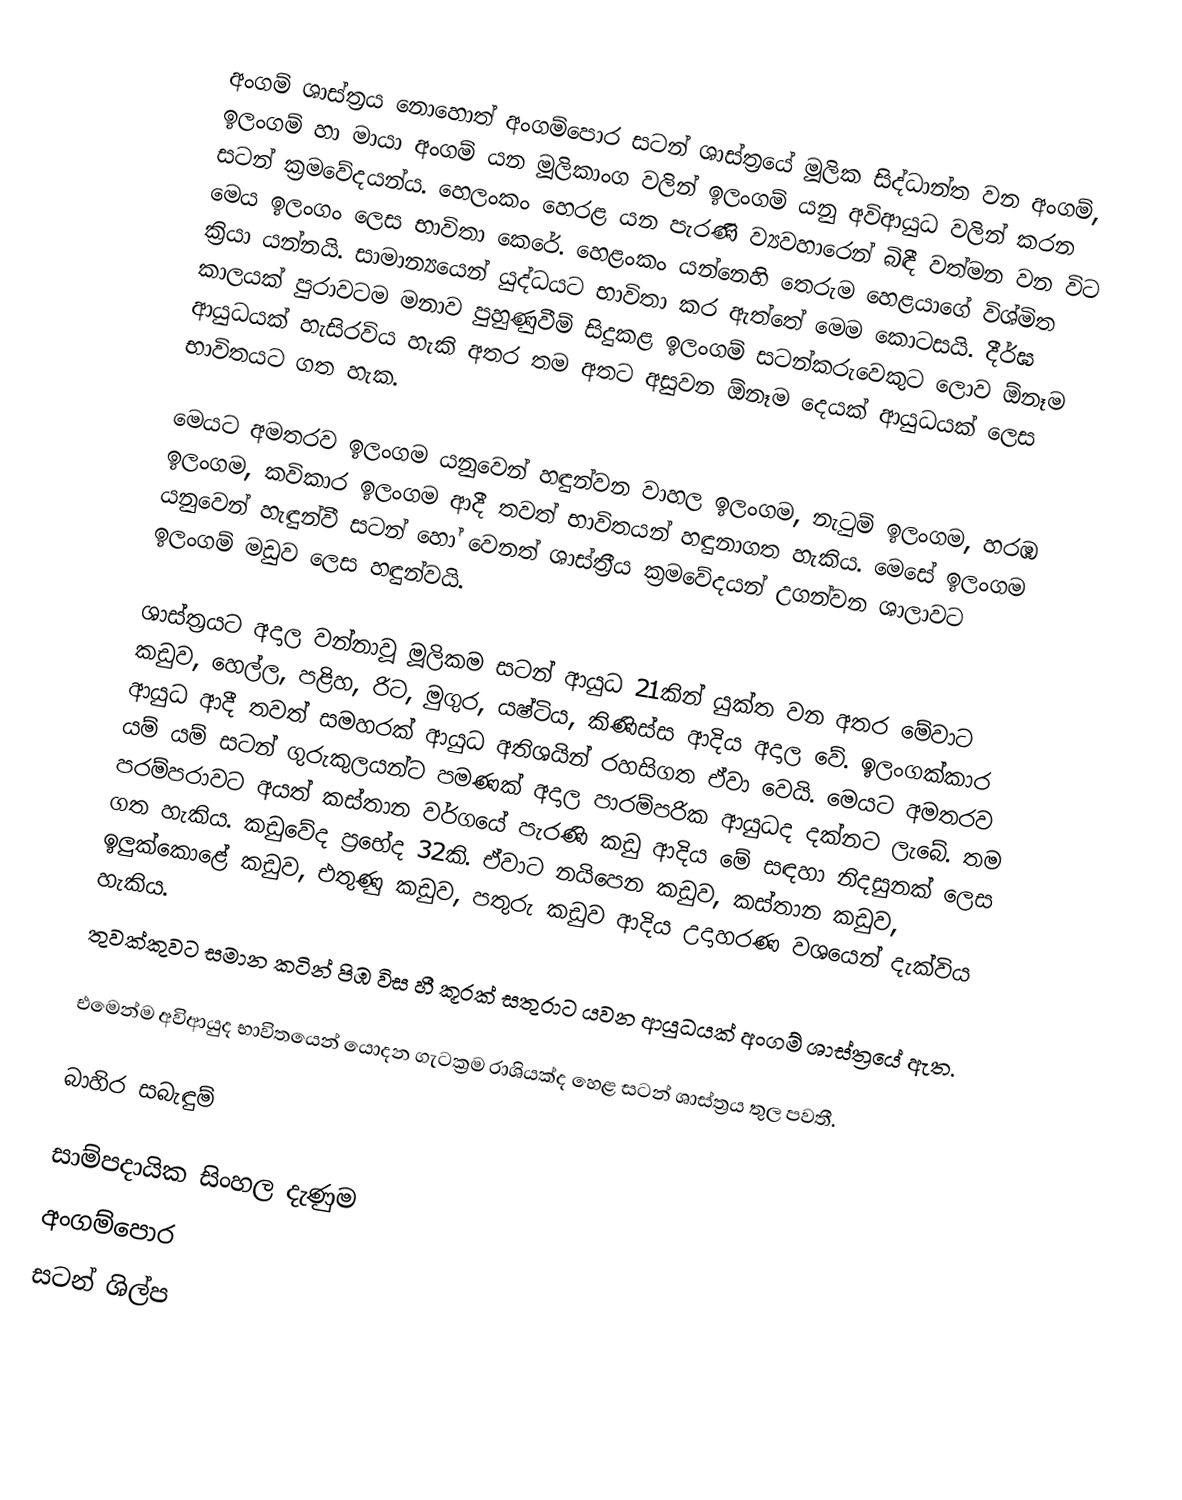
අංගම් ශාස්ත්‍රය නොහොත් අංගම්පොර සටන් ශාස්ත්‍රයේ මූලික සිද්ධාන්ත වන අංගම්, ඉලංගම් හා මායා අංගම් යන මූලිකාංග වලින් ඉලංගම් යනු අවිආයුධ වලින් කරන සටන් ක්‍රමවේදයන්ය. හෙලංකං හෙරළ යන පැරණි ව්‍යවහාරෙන් බිඳී වත්මන වන විට මෙය ඉලංගං ලෙස භාවිතා කෙරේ. හෙළංකං යන්නෙහි තෙරුම හෙළයාගේ විශ්මිත ක්‍රියා යන්නයි. සාමාන්‍යයෙන් යුද්ධයට භාවිතා කර ඇත්තේ මෙම කොටසයි. දීර්ඝ කාලයක් පුරාවටම මනාව පුහුණුවීම් සිදුකළ ඉලංගම් සටන්කරුවෙකුට ලොව ඕනෑම ආයුධයක් හැසිරවිය හැකි අතර තම අතට අසුවන ඕනෑම දෙයක් ආයුධයක් ලෙස භාවිතයට ගත හැක.

මෙයට අමතරව ඉලංගම යනුවෙන් හඳුන්වන වාහල ඉලංගම, නැටුම් ඉලංගම, හරඹ ඉලංගම, කවිකාර ඉලංගම ආදී තවත් භාවිතයන් හඳුනාගත හැකිය. මෙසේ ඉලංගම යනුවෙන් හැඳුන්වී සටන් හෝ වෙනත් ශාස්ත්‍රීය ක්‍රමවේදයන් උගන්වන ශාලාවට ඉලංගම් මඩුව ලෙස හඳුන්වයි.

ශාස්ත්‍රයට අදාල වන්නාවූ මූලිකම සටන් ආයුධ 21කින් යුක්ත වන අතර මේවාට කඩුව, හෙල්ල, පළිහ, රිට, මුගුර, යෂ්ටිය, කිණිස්ස ආදිය අදාල වේ. ඉලංගක්කාර ආයුධ ආදී තවත් සමහරක් ආයුධ අතිශයින් රහසිගත ඒවා වෙයි. මෙයට අමතරව යම් යම් සටන් ගුරුකුලයන්ට පමණක් අදාල පාරම්පරික ආයුධද දක්නට ලැබේ. තම පරම්පරාවට අයත් කස්තාන වර්ගයේ පැරණි කඩු ආදිය මේ සඳහා නිදසුනක් ලෙස ගත හැකිය. කඩුවේද ප්‍රභේද 32කි. ඒවාට නයිපෙන කඩුව, කස්තාන කඩුව, ඉලුක්කොළේ කඩුව, එතුණු කඩුව, පතුරු කඩුව ආදිය උදාහරණ වශයෙන් දැක්විය හැකිය.
තුවක්කුවට සමාන කටින් පිඹ විස හී කූරක් සතුරාට යවන ආයුධයක් අංගම් ශාස්ත්‍රයේ ඇත.

එමෙන්ම අවිආයුද භාවිතයෙන් යොදන ගැටක්‍රම රාශියක්ද හෙළ සටන් ශාස්ත්‍රය තුල පවතී.

බාහිර සබැඳුම්

සාම්පදායික සිංහල දැණුම
අංගම්පොර
සටන් ශිල්ප